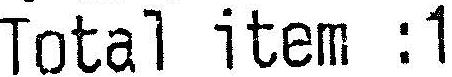
TOTAL ITEM :1